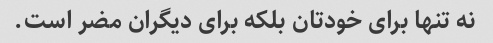
نه تنها برای خودتان بلکه برای دیگران مضر است.